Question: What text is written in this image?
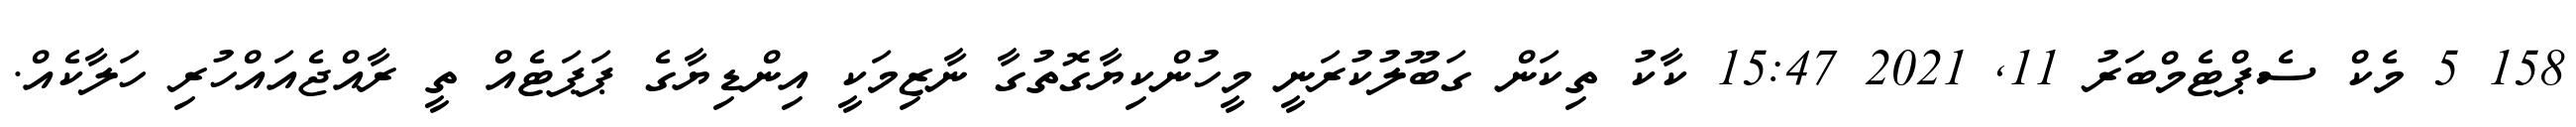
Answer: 158 5 މެކް ސެޕްޓެމްބަރު 11, 2021 15:47 ކާކު ތިކަން ގަބޫލުކުރަނީ މީހުންކިޔާގޮތުގާ ނާޒިމަކީ އިންޑިޔާގެ ޕަޕަޓެއް ތީ ރާއްޖެއައްހުރި ހަލާކެއް.